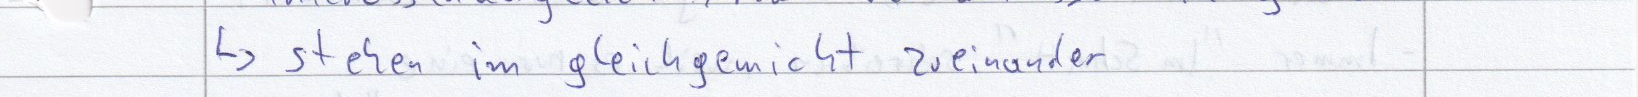
-> stehen im gleichgewicht zueinander